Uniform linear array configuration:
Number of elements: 16
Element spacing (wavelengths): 0.25
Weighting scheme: exponential
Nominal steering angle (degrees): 30
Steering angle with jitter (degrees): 30.027
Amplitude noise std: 0.05
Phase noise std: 0.05

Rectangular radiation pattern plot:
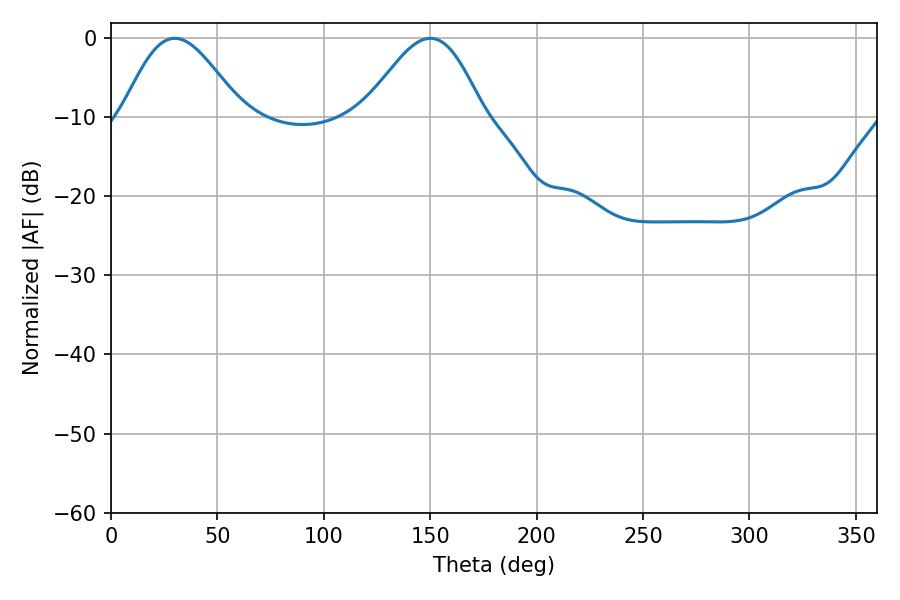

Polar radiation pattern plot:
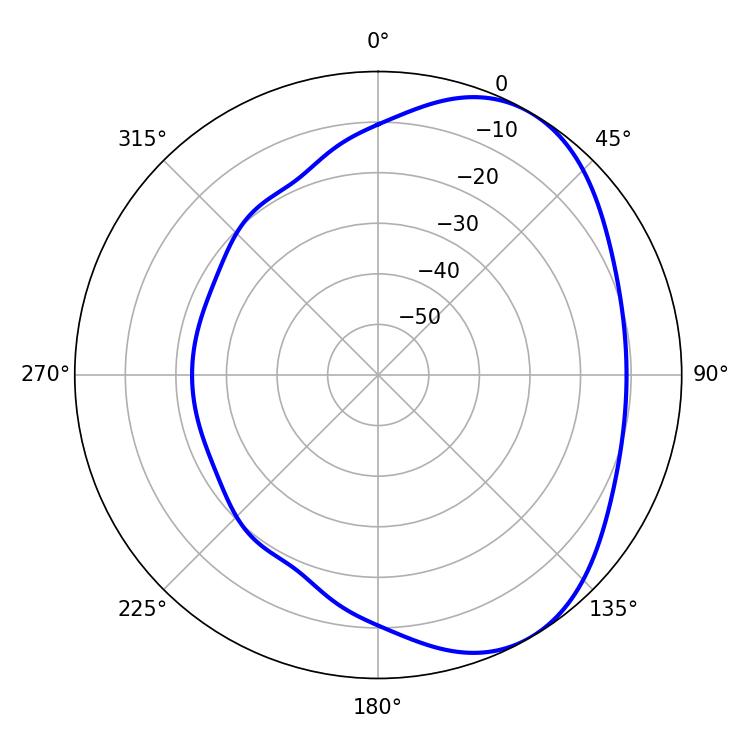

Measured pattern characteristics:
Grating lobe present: FALSE
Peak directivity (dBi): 4.822
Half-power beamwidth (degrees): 29.7
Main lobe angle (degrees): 29.88